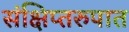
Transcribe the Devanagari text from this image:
संक्षिप्तरुपात